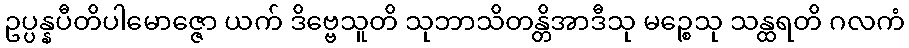
ဥပ္ပန္နပီတိပါမောဇ္ဇော ယက် ဒိဗ္ဗေသူတိ သုဘာသိတန္တိအာဒီသု မဉ္စေသု သန္ထရတိ ဂလကံ